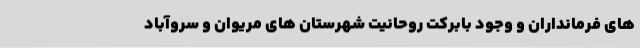
های فرمانداران و وجود بابرکت روحانیت شهرستان های مریوان و سروآباد